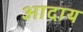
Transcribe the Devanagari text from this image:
आदाय